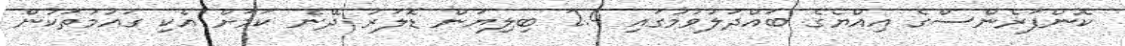
ކޮންފަރެންސްގެ އިއްޔެގެ ބައްދަލުވުމުގައި 2.4 ބިލިޔަން ޑޮލަރު ދޭނެ ކަމަށް އެކި ގައުމުތަކުން